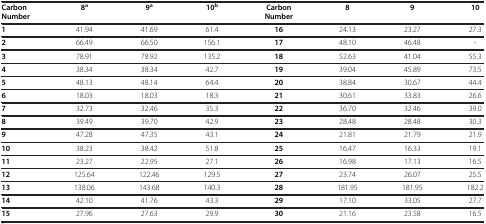
| Carbon Number | 8a | 9a | 10b | Carbon Number | 8 | 9 | 10 |
 | --- | --- | --- | --- | --- | --- | --- | --- |
 | 1 | 41.94 | 41.69 | 61.4 | 16 | 24.13 | 23.27 | 27.3 |
 | 2 | 66.49 | 66.50 | 156.1 | 17 | 48.10 | 46.48 | - |
 | 3 | 78.91 | 78.92 | 135.2 | 18 | 52.63 | 41.04 | 55.3 |
 | 4 | 38.34 | 38.34 | 42.7 | 19 | 39.04 | 45.89 | 73.5 |
 | 5 | 48.13 | 48.14 | 64.4 | 20 | 38.84 | 30.67 | 44.4 |
 | 6 | 18.03 | 18.03 | 18.3 | 21 | 30.61 | 33.83 | 26.6 |
 | 7 | 32.73 | 32.46 | 35.3 | 22 | 36.70 | 32.46 | 39.0 |
 | 8 | 39.49 | 39.70 | 42.9 | 23 | 28.48 | 28.48 | 30.3 |
 | 9 | 47.28 | 47.35 | 43.1 | 24 | 21.81 | 21.79 | 21.9 |
 | 10 | 38.23 | 38.42 | 51.8 | 25 | 16.47 | 16.33 | 19.1 |
 | 11 | 23.27 | 22.95 | 27.1 | 26 | 16.98 | 17.13 | 16.5 |
 | 12 | 125.64 | 122.46 | 129.5 | 27 | 23.74 | 26.07 | 25.5 |
 | 13 | 138.06 | 143.68 | 140.3 | 28 | 181.95 | 181.95 | 182.2 |
 | 14 | 42.10 | 41.76 | 43.3 | 29 | 17.10 | 33.05 | 27.7 |
 | 15 | 27.96 | 27.63 | 29.9 | 30 | 21.16 | 23.58 | 16.5 |